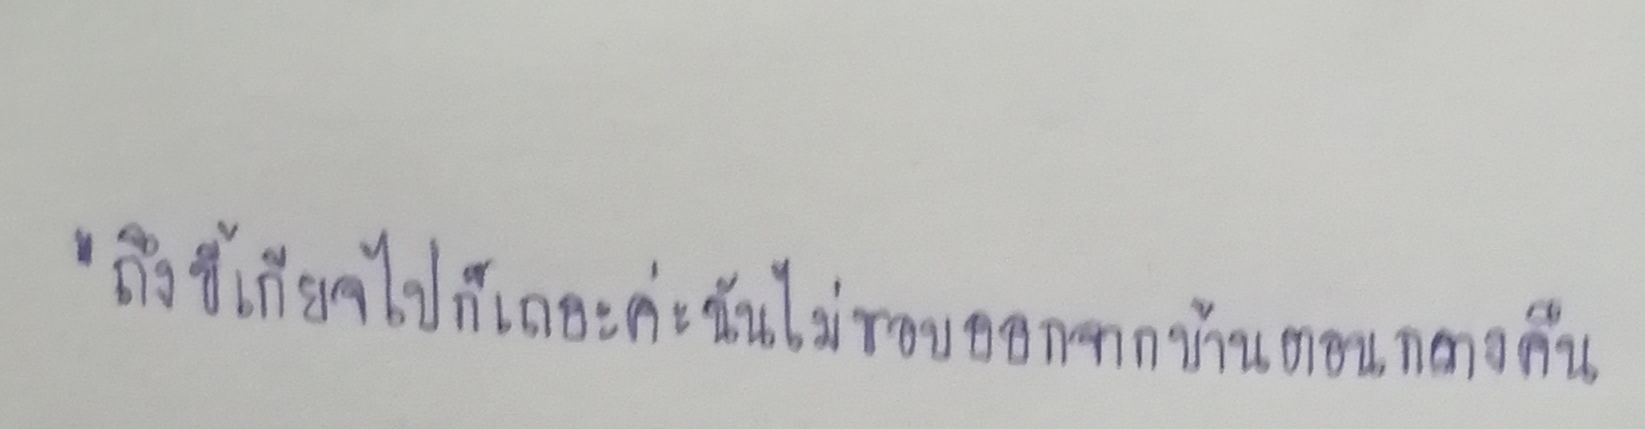
"ถึงขี้เกียจไปก็เถอะค่ะฉันไม่ชอบออกจากบ้านตอนกลางคืน